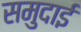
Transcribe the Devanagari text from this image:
समुदाई